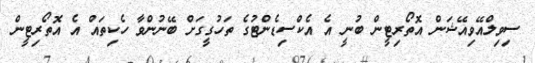
ސިވިލްއޭވިއޭޝަން އޮތޯރިޓީން ބުނީ އެ އެކްސިޑެންޓުގެ ތަހުގީގަށް ބޭނުންވާ ހެކިތައް އެ އޮތޯރިޓީން